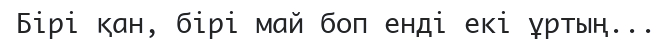
Бірі қан, бірі май боп енді екі ұртың...